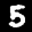
Label: 5